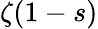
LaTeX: \zeta(1-s)